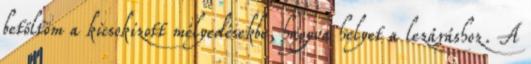
betöltöm a kicsokizott mélyedésekbe, hagyva helyet a lezáráshoz. A